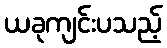
ယခုကျင်းပသည့်